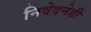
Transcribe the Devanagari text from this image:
निवेदनेही